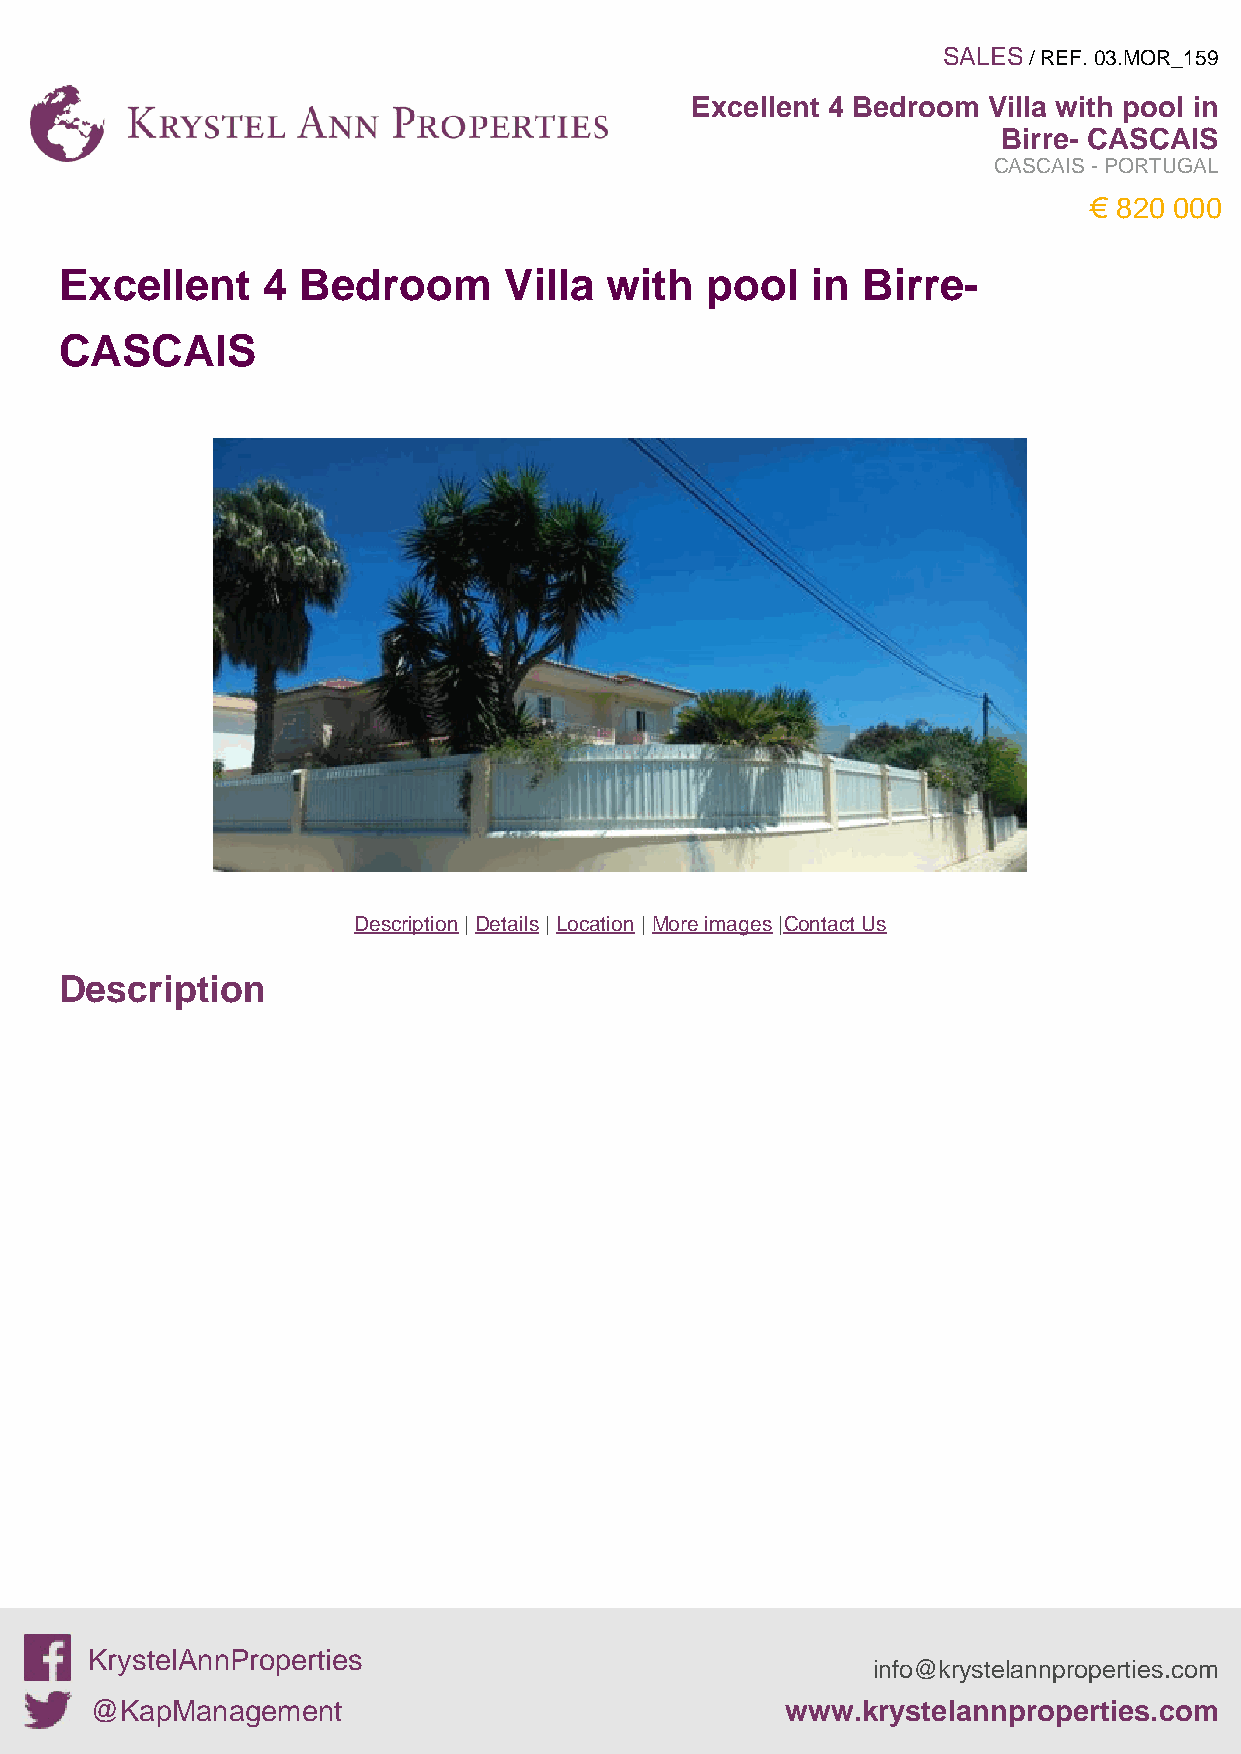
SALES / REF. 03.MOR_159
 Excellent 4 Bedroom Villa with pool in
 Birre- CASCAIS
 CASCAIS - PORTUGAL
 € 820 000
 Excellent    4  Bedroom      Villa  with   pool   in Birre-
 CASCAIS
 Description | Details | Location | More images |Contact Us
 Description
 KrystelAnnProperties
 info@krystelannproperties.com
 @KapManagement                                www.krystelannproperties.com